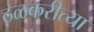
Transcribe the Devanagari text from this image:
ठळकरीत्या